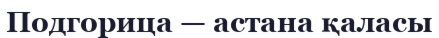
Подгорица — астана қаласы